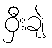
ဝှီးချဲ